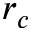
r _ { c }